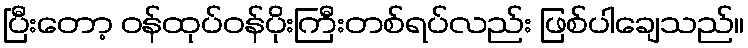
ပြီးတော့ ဝန်ထုပ်ဝန်ပိုးကြီးတစ်ရပ်လည်း ဖြစ်ပါချေသည်။